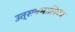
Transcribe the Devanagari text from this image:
उत्सवमालिका